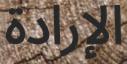
الإرادة